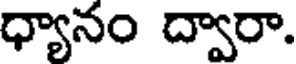
ధ్యానం ద్వారా.